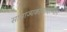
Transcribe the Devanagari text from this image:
साम्राज्यकाळादरम्यान